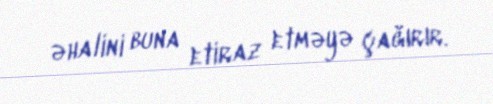
əhalini buna etiraz etməyə çağırır.